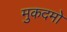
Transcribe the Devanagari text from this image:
मुकदमो